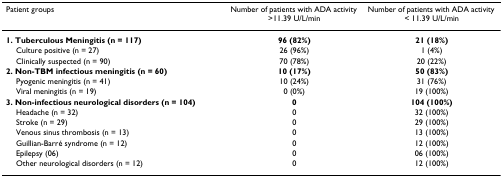
| Patient groups | Number of patients with ADA activity >11.39 U/L/min | Number of patients with ADA activity < 11.39 U/L/min |
 | --- | --- | --- |
 | 1. Tuberculous Meningitis (n = 117) | 96 (82%) | 21 (18%) |
 | Culture positive (n = 27) | 26 (96%) | 1 (4%) |
 | Clinically suspected (n = 90) | 70 (78%) | 20 (22%) |
 | 2. Non-TBM infectious meningitis (n = 60) | 10 (17%) | 50 (83%) |
 | Pyogenic meningitis (n = 41) | 10 (24%) | 31 (76%) |
 | Viral meningitis (n = 19) | 0 (0%) | 19 (100%) |
 | 3. Non-infectious neurological disorders (n = 104) | 0 | 104 (100%) |
 | Headache (n = 32) | 0 | 32 (100%) |
 | Stroke (n = 29) | 0 | 29 (100%) |
 | Venous sinus thrombosis (n = 13) | 0 | 13 (100%) |
 | Guillian-Barré syndrome (n = 12) | 0 | 12 (100%) |
 | Epilepsy (06) | 0 | 06 (100%) |
 | Other neurological disorders (n = 12) | 0 | 12 (100%) |